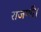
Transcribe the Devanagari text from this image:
राजणी।